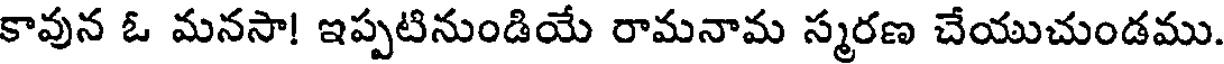
కావున ఓ మనసా! ఇప్పటినుండియే రామనామ స్మరణ చేయుచుండము.